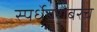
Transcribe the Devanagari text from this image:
स्पर्धेबरोबरच